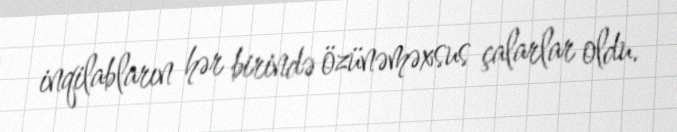
inqilabların hər birində özünəməxsus çalarlar oldu.